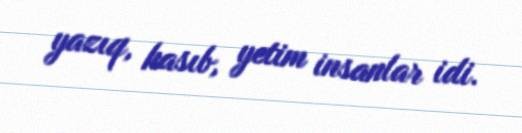
yazıq, kasıb, yetim insanlar idi.